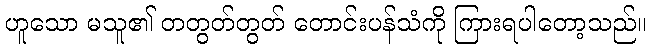
ဟူသော မသူ၏ တတွတ်တွတ် တောင်းပန်သံကို ကြားရပါတော့သည်။